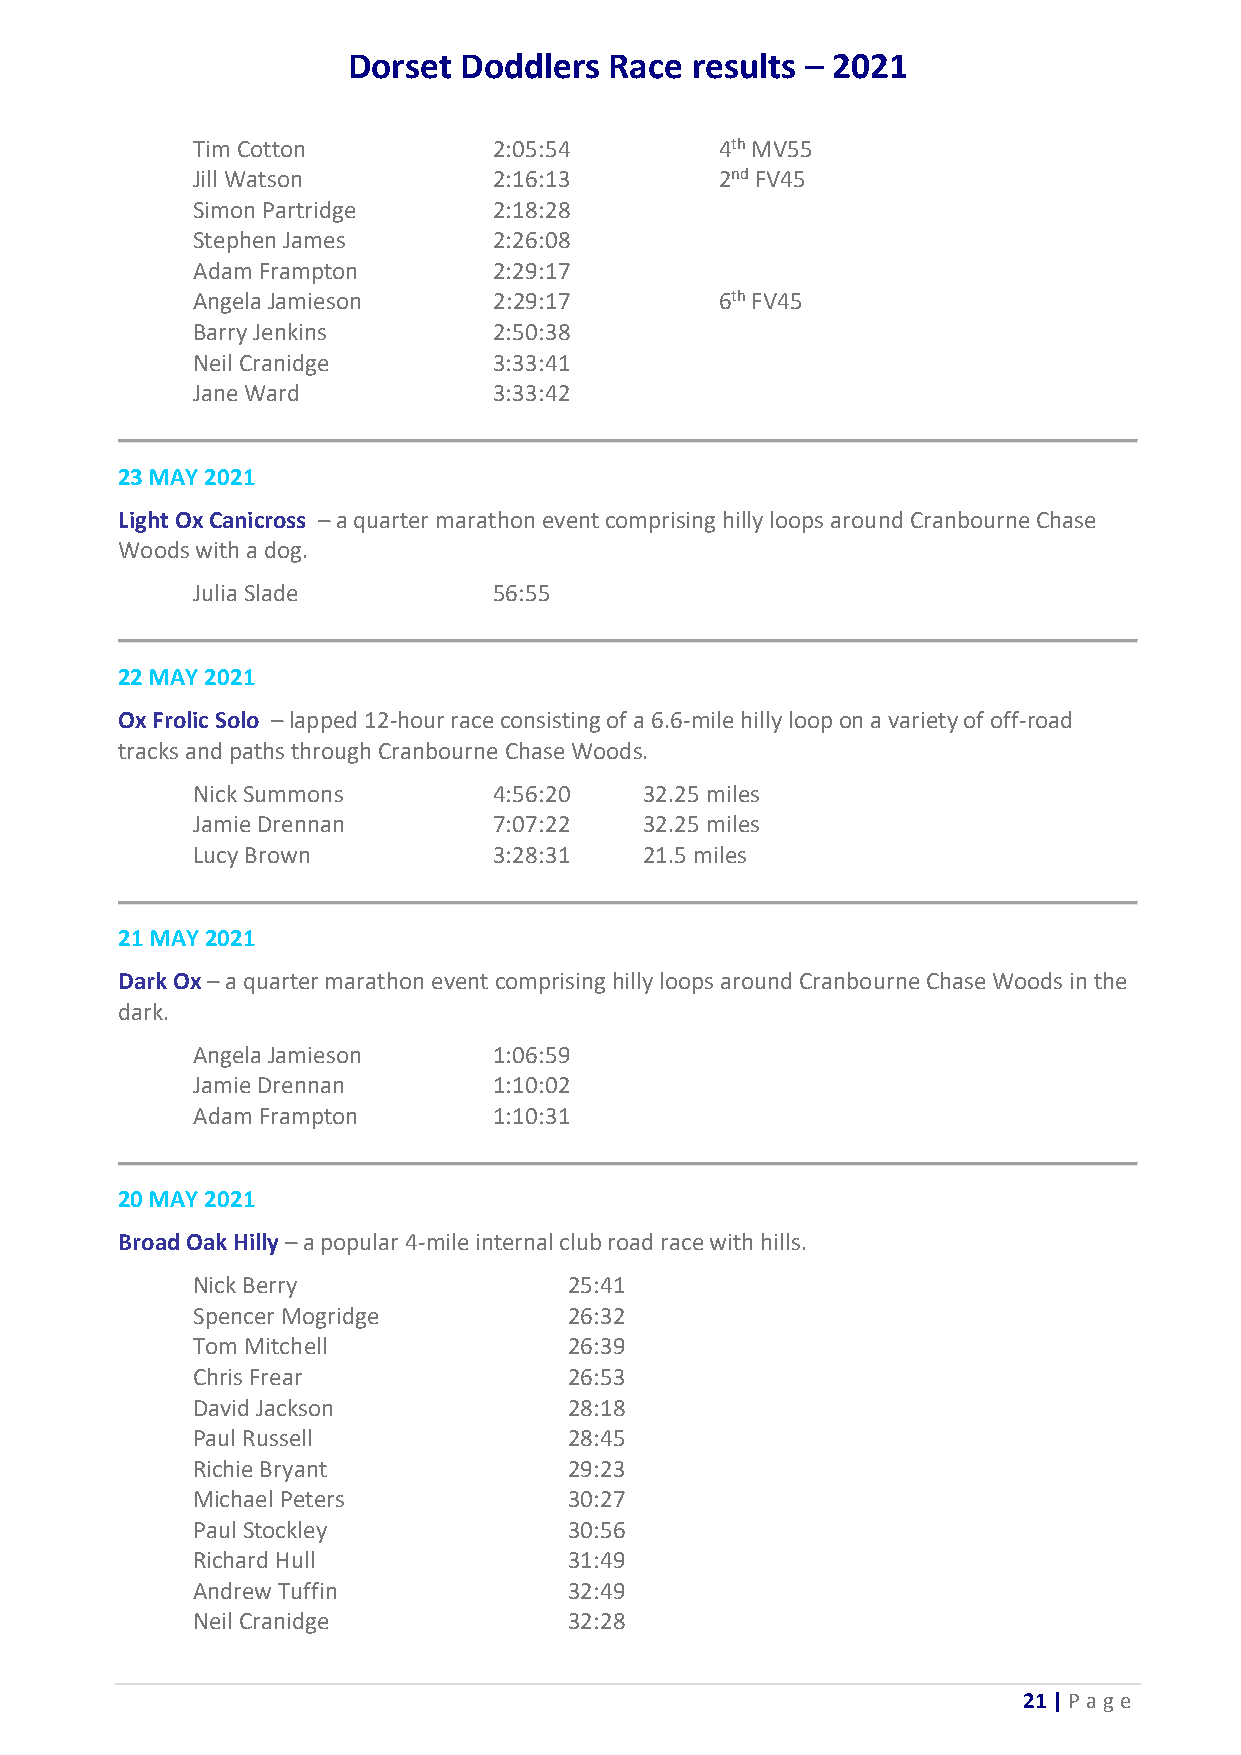
Dorset Doddlers  Race  results – 2021
 Tim Cotton          2:05:54        4th MV55
 Jill Watson         2:16:13        2nd FV45
 Simon Partridge     2:18:28
 Stephen James       2:26:08
 Adam Frampton       2:29:17
 Angela Jamieson     2:29:17        6th FV45
 Barry Jenkins       2:50:38
 Neil Cranidge       3:33:41
 Jane Ward           3:33:42
 23 MAY 2021
 Light Ox Canicross – a quarter marathon event comprising hilly loops around Cranbourne Chase
 Woods with a dog.
 Julia Slade         56:55
 22 MAY 2021
 Ox Frolic Solo – lapped 12-hour race consisting of a 6.6-mile hilly loop on a variety of off-road
 tracks and paths through Cranbourne Chase Woods.
 Nick Summons        4:56:20   32.25 miles
 Jamie Drennan       7:07:22   32.25 miles
 Lucy Brown          3:28:31   21.5 miles
 21 MAY 2021
 Dark Ox – a quarter marathon event comprising hilly loops around Cranbourne Chase Woods in the
 dark.
 Angela Jamieson     1:06:59
 Jamie Drennan       1:10:02
 Adam Frampton       1:10:31
 20 MAY 2021
 Broad Oak Hilly – a popular 4-mile internal club road race with hills.
 Nick Berry               25:41
 Spencer Mogridge         26:32
 Tom Mitchell             26:39
 Chris Frear              26:53
 David Jackson            28:18
 Paul Russell             28:45
 Richie Bryant            29:23
 Michael Peters           30:27
 Paul Stockley            30:56
 Richard Hull             31:49
 Andrew Tuffin            32:49
 Neil Cranidge            32:28
 21 | P age